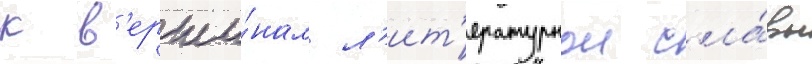
к в'ерши́нам л'ит'ературнои сла́вы